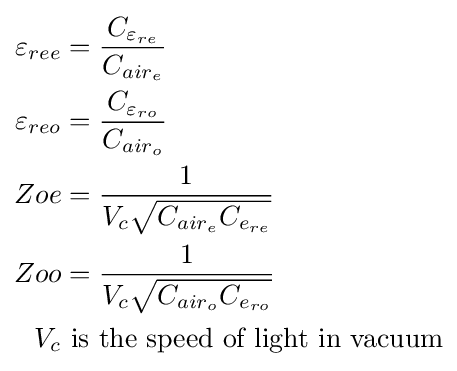
{\begin{aligned}\varepsilon _{ree}&={\frac {C_{\varepsilon _{re}}}{C_{air_{e}}}}\\\varepsilon _{reo}&={\frac {C_{\varepsilon _{ro}}}{C_{air_{o}}}}\\Zoe&={\frac {1}{V_{c}{\sqrt {C_{air_{e}}C_{e_{re}}}}}}\\Zoo&={\frac {1}{V_{c}{\sqrt {C_{air_{o}}C_{e_{ro}}}}}}\\V_{c}&{\text{ is the speed of light in vacuum}}\end{aligned}}